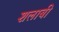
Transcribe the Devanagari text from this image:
शलाबी